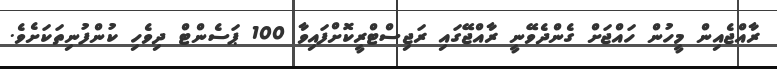
ރާއްޖެއިން މީހުން ހައްޖަށް ގެންދެވޭނީ ރާއްޖޭގައި ރަޖިސްޓްރީކޮށްފައިވާ 100 ޕަސެންޓް ދިވެހި ކުންފުނިތަކަށެވެ.